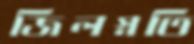
জিলস্নতি